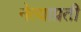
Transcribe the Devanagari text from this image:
नेत्याप्रती